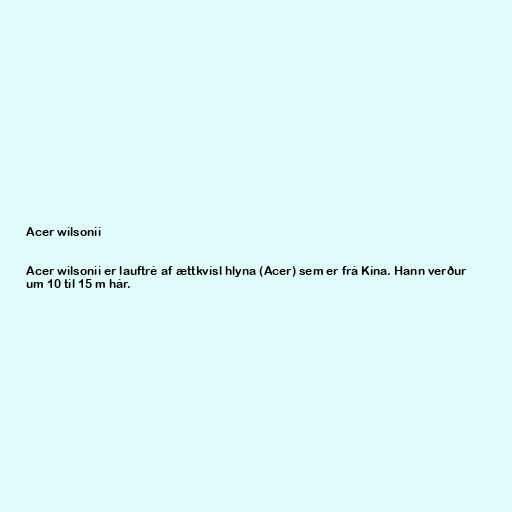
Acer wilsonii

Acer wilsonii er lauftré af ættkvísl hlyna (Acer) sem er frá Kína. Hann verður
um 10 til 15 m hár.